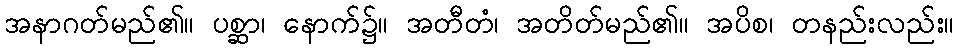
အနာဂတ်မည်၏။ ပစ္ဆာ၊ နောက်၌။ အတီတံ၊ အတိတ်မည်၏။ အပိစ၊ တနည်းလည်း။